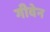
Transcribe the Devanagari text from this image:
गीवेन